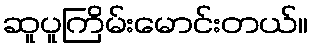
ဆူပူကြိမ်းမောင်းတယ်။